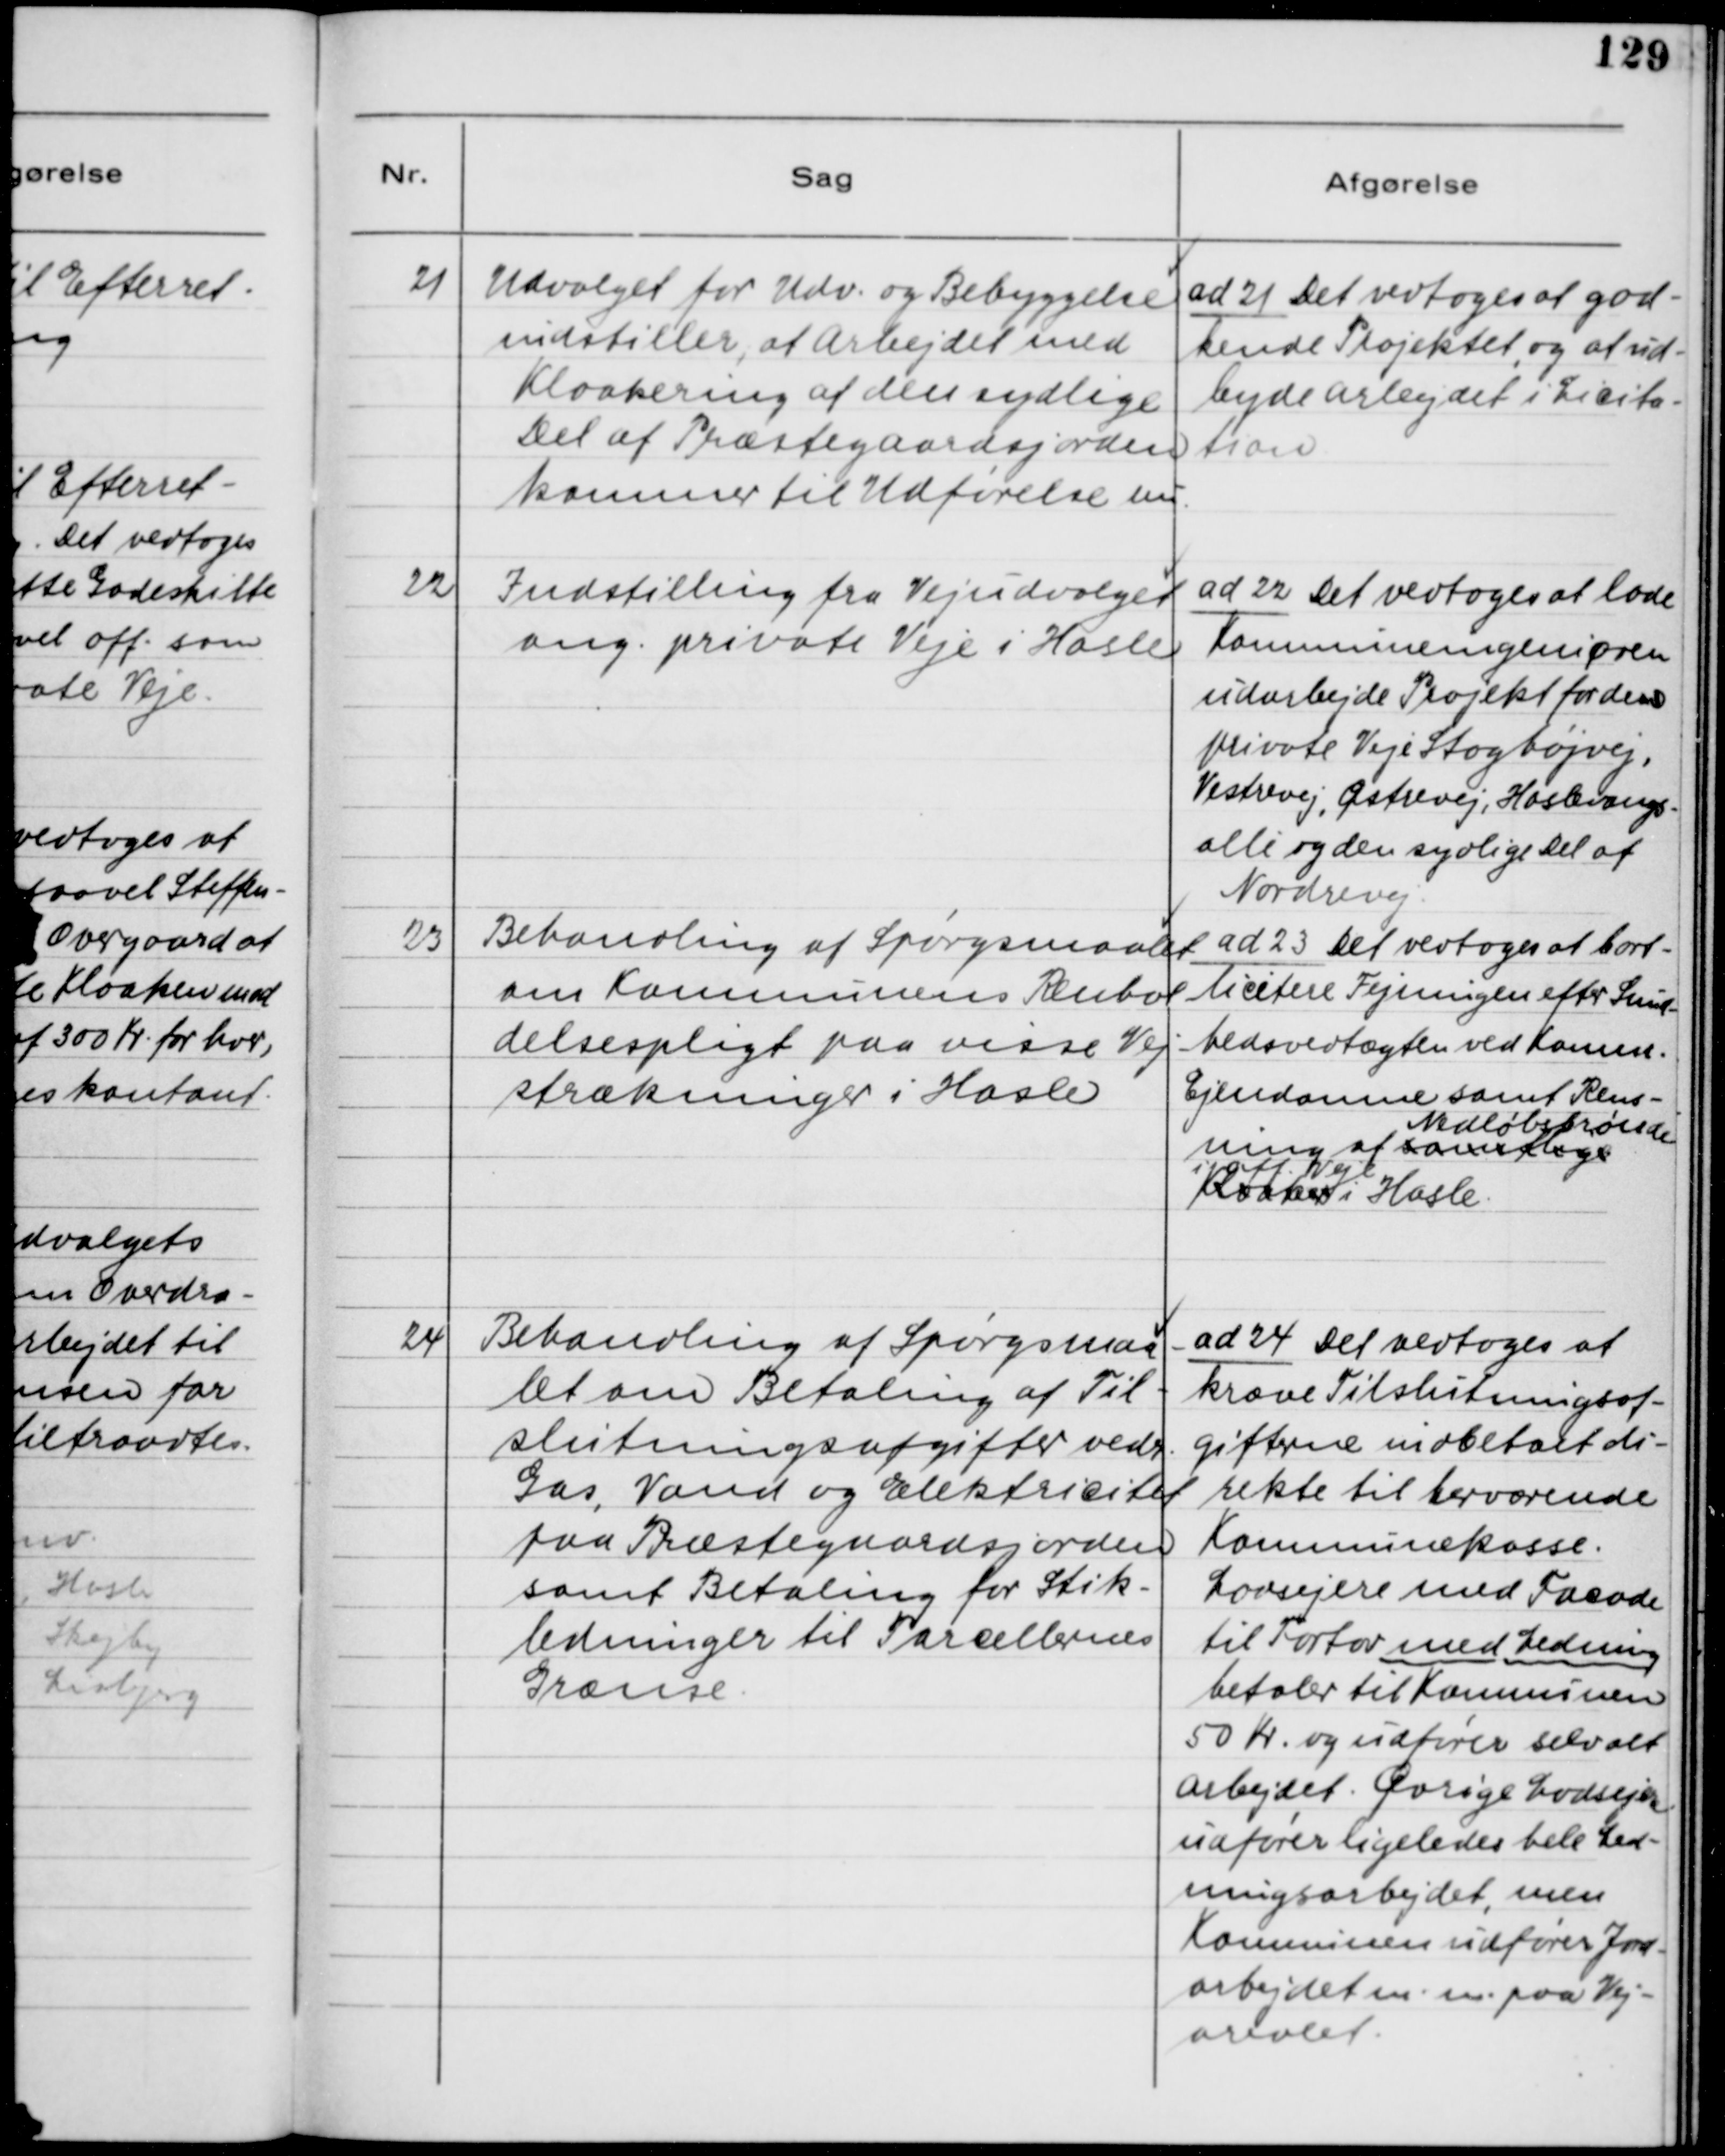
Transskription:
21. Udvalget for Udv. og Bebyggelse
indstillet, at Arbejdet med
Kloakering af den sydlige
Del af Præstegaardsjorden
kommer til Udførelse nu.

ad 21. Det vedtoges at god-
kende Projektet og at ud-
byde Arbejdet i Licita-
tion.

22. Indstilling fra Vejudvalget
ang. private Veje i Hasle.

ad 22. Det vedtoges at lade
Kommuneingeniøren
udarbejde Projekt for denn
private Veje Staghøjvej,
Vestrevej, Østrevej, Haslevangs-
alle og den sydlige Del af
Nordrevej.

23. Behandling af Spørgsmaalet
om Kommunens Renhol-
delsespligt paa visse Vej-
strækninger i Hasle.

ad 23. Det vedtoges at bort-
licitere Fejningen efter Sund-
hedsvedtægten ved Komm.
Ejendomme samt Rens-
ning af samtlige  Nedløbsbrønde
Kloaker i off. Veje i Hasle.

24. Behandling af Spørgsmaa-
let om Betaling af Til-
slutningsafgift vedr.
Gas, Vand og Elektricitet
paa Præstegaardsjorden
samt Betaling for Stik-
ledninger til Parcellernes
Grænse.

ad 24. Det vedtoges at
kræve Tilslutningsaf-
gifterne indbetalt di-
rekte til herværende
Kommunekasse.
Lodsejere med Facade
til Fortov med Ledning
betaler til Kommunen
50 Kr. og udfører selv alt
arbejdet. Øvrige Lodsejere
udfører ligeledes hele Led-
ningsarbejdet, men
Kommunen udfører Jord-
arbejdet m. m. paa Vej-
arealet.